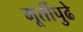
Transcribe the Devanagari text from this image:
मूर्तीपुढे